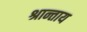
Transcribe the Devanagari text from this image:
श्रान्ताय